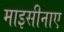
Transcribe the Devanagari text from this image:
माइसीनाए